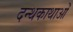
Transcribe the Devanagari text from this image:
दन्थकाथाओं